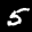
Label: 5